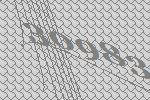
30983